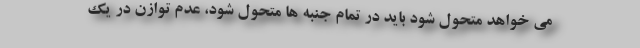
می خواهد متحول شود باید در تمام جنبه ها متحول شود، عدم توازن در یک